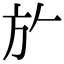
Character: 𭤨